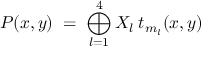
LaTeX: P ( x , y ) \; = \; \bigoplus _ { l = 1 } ^ { 4 } X _ { l } \: t _ { m _ { l } } ( x , y )